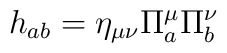
h_{ab}=\eta_{\mu\nu}\Pi^{\mu}_a\Pi^{\nu}_b